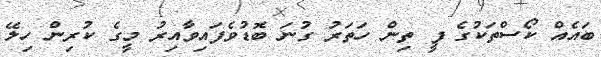
ބައެއް ކޯސްތަކުގެ ފީ ތިން ހަތަރު ގުނަ ބޮޑުވެފައިވާއިރު މީގެ ކުރިން ހިލޭ